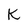
Character: K